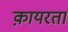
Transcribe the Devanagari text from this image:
क़ायरता